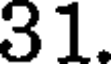
31.